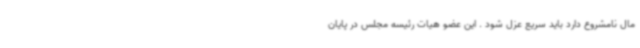
مال نامشروع دارد باید سریع عزل شود . این عضو هیات رئیسه مجلس در پایان